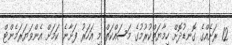
12 ރަށެއްގެ ގޮނޑުދޮށް ހިމާޔަތްކުރުމުގެ މަސައްކަތް މި އަހަރު ފަށާނެ ކަމަށް އެންވަޔަރަމެންޓް